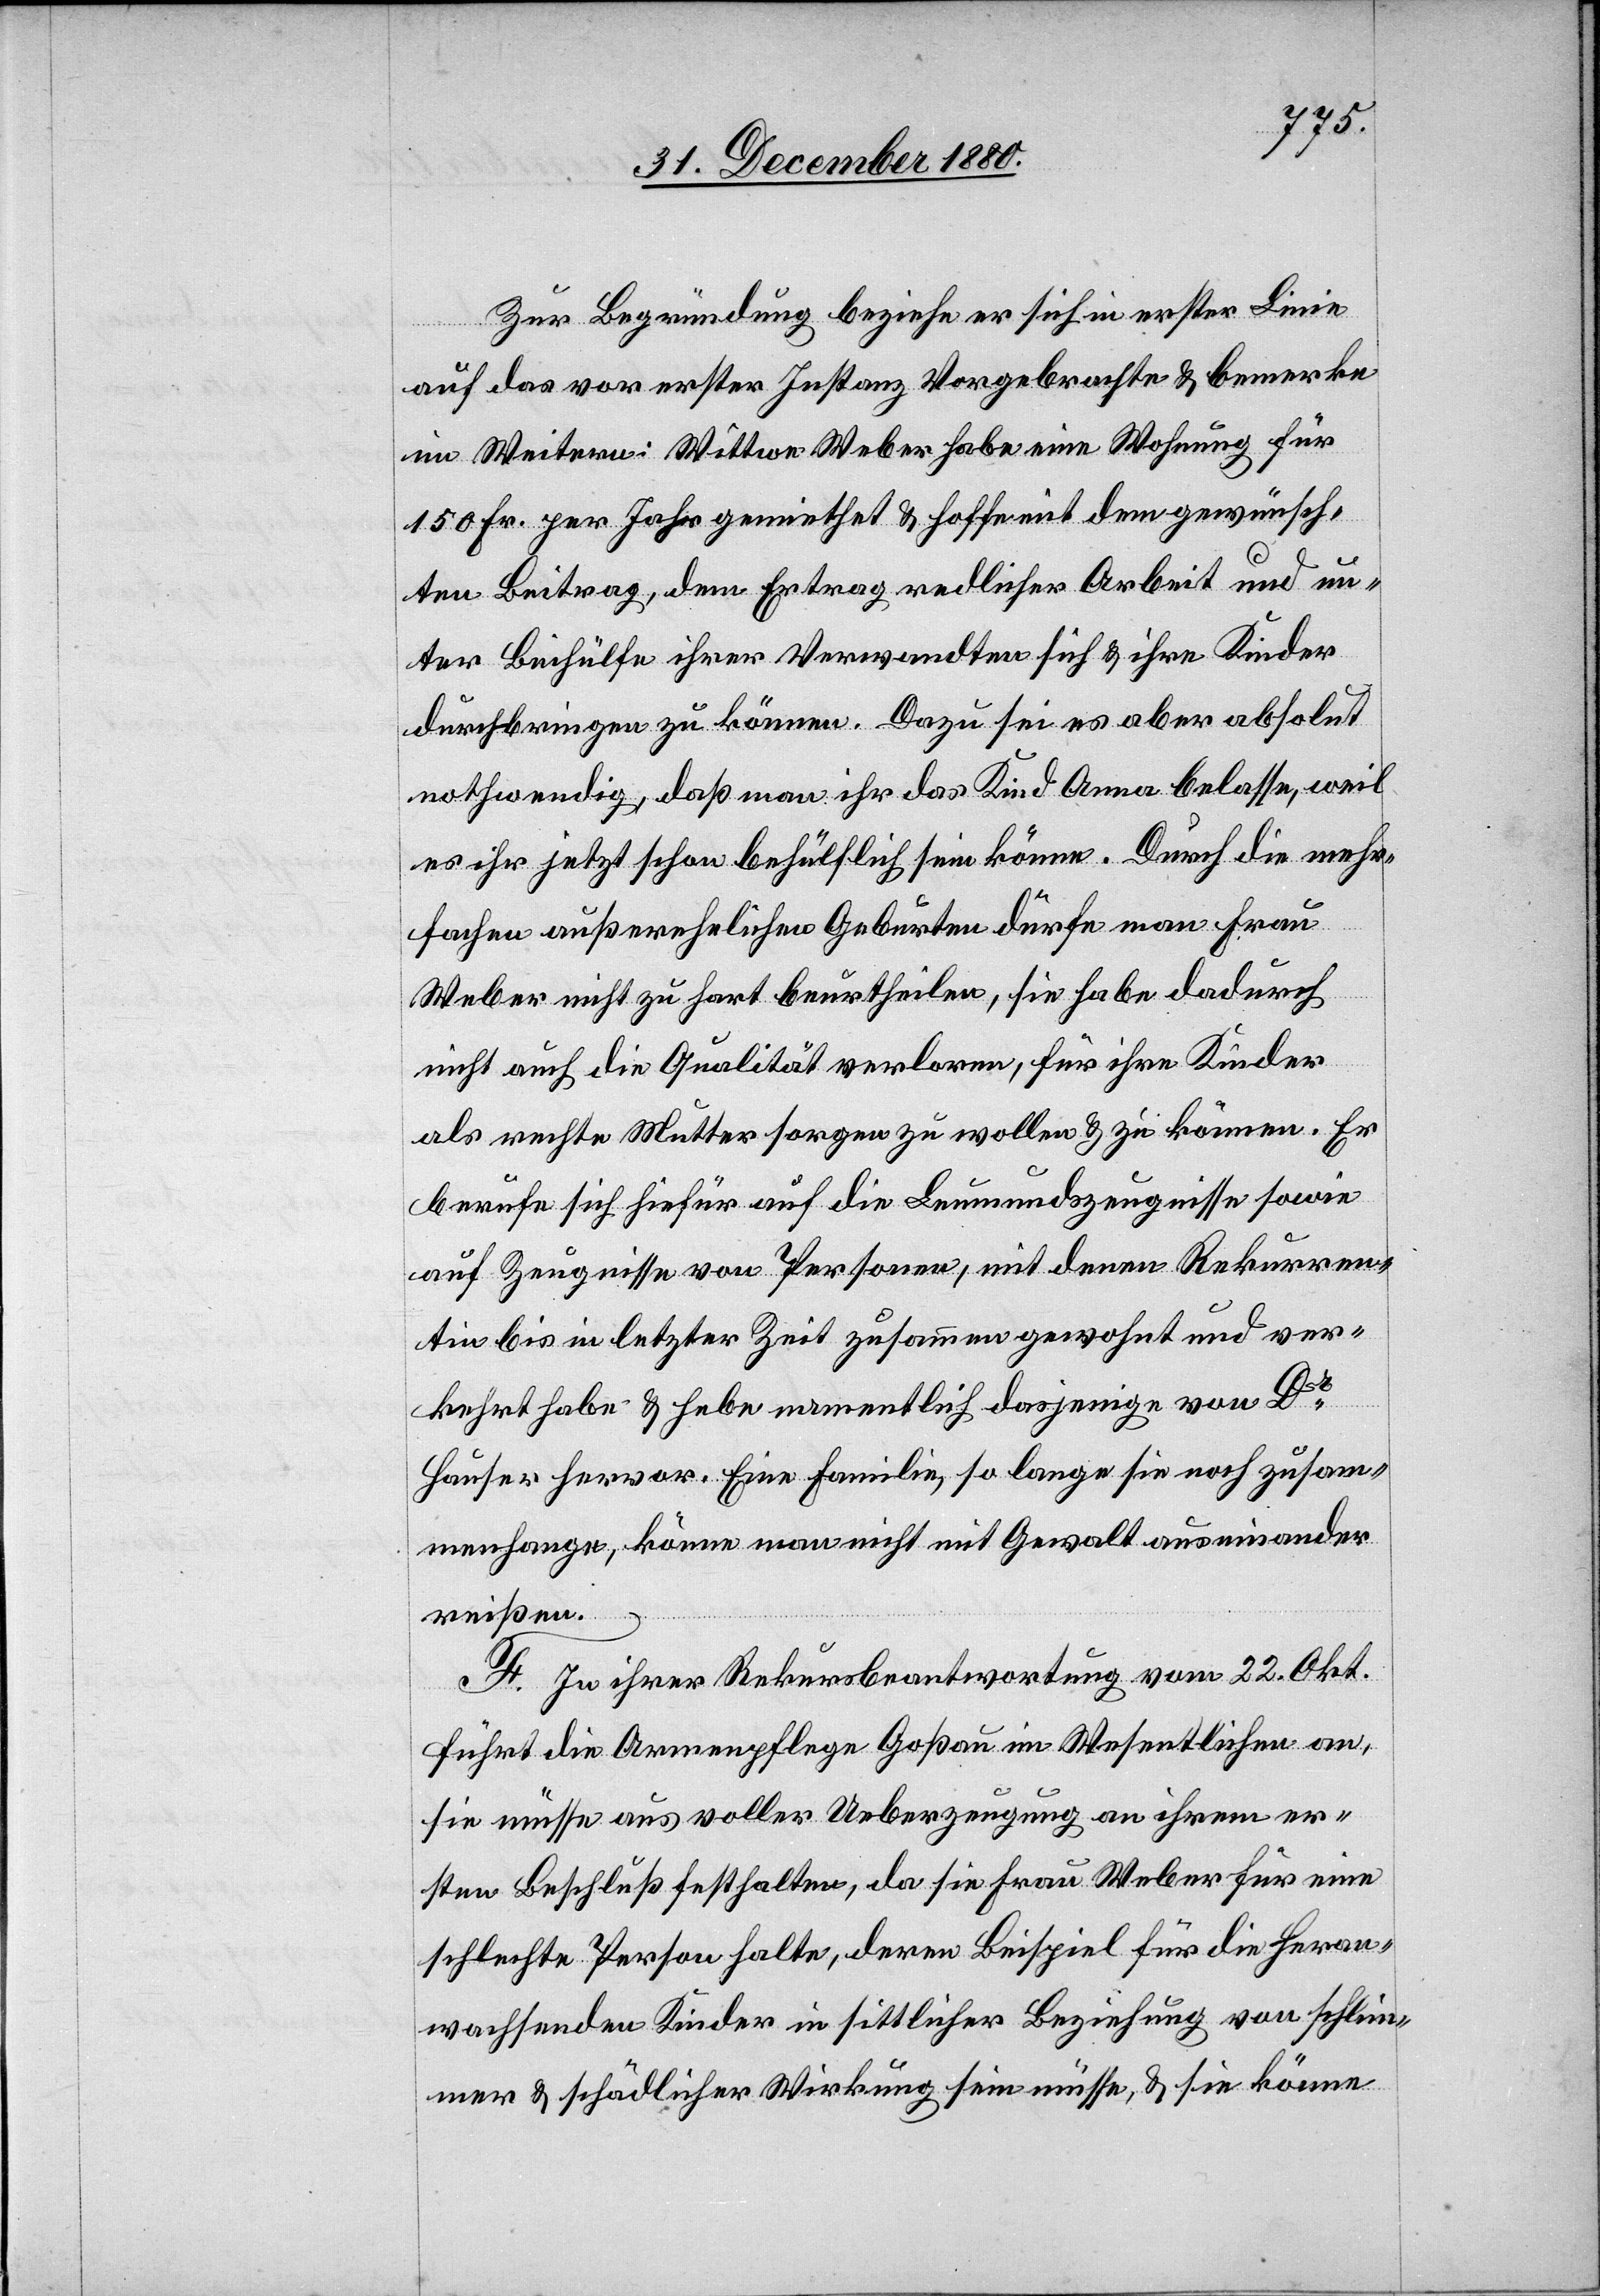
Zur Begründung beziehe er sich in erster Linie
auf das vor erster Instanz Vorgebrachte & bemerke
im Weitern: Wittwe Weber habe eine Wohnung für
150 Fr. per Jahr gemiethet & hoffe mit dem gewünsch¬
ten Beitrag, dem Ertrag redlicher Arbeit und un¬
ter Beihülfe ihrer Verwandten sich & ihre Kinder
durchbringen zu können. Dazu sei es aber absolut
nothwendig, daß man ihr das Kind Anna belasse, weil
es ihr jetzt schon behülflich sein könne. Durch die mehr¬
fachen außerehelichen Geburten dürfe man Frau
Weber nicht zu hart beurtheilen, sie habe dadurch
nicht auch die Qualität verloren, für ihre Kinder
als rechte Mutter sorgen zu wollen & zu können. Er
berufe sich hiefür auf die Leumundszeugnisse sowie
auf Zeugnisse von Personen, mit denen Rekurren¬
tin bis in letzter Zeit zusammen gewohnt und ver¬
kehrt habe & hebe namentlich dasjenige von Dr
Hauser hervor. Eine Familie, so lange sie noch zusam¬
menhange, könne man nicht mit Gewalt auseinander¬
reißen.
F. In ihrer Rekursbeantwortung vom 22. Okt.
führt die Armenpflege Goßau im Wesentlichen an,
sie müsse aus voller Ueberzeugung an ihrem er¬
sten Beschluß festhalten, da sie Frau Weber für eine
schlechte Person halte, deren Beispiel für die heran¬
wachsenden Kinder in sittlicher Beziehung von schlim¬
mer & schädlicher Wirkung sein müsse, & sie könne